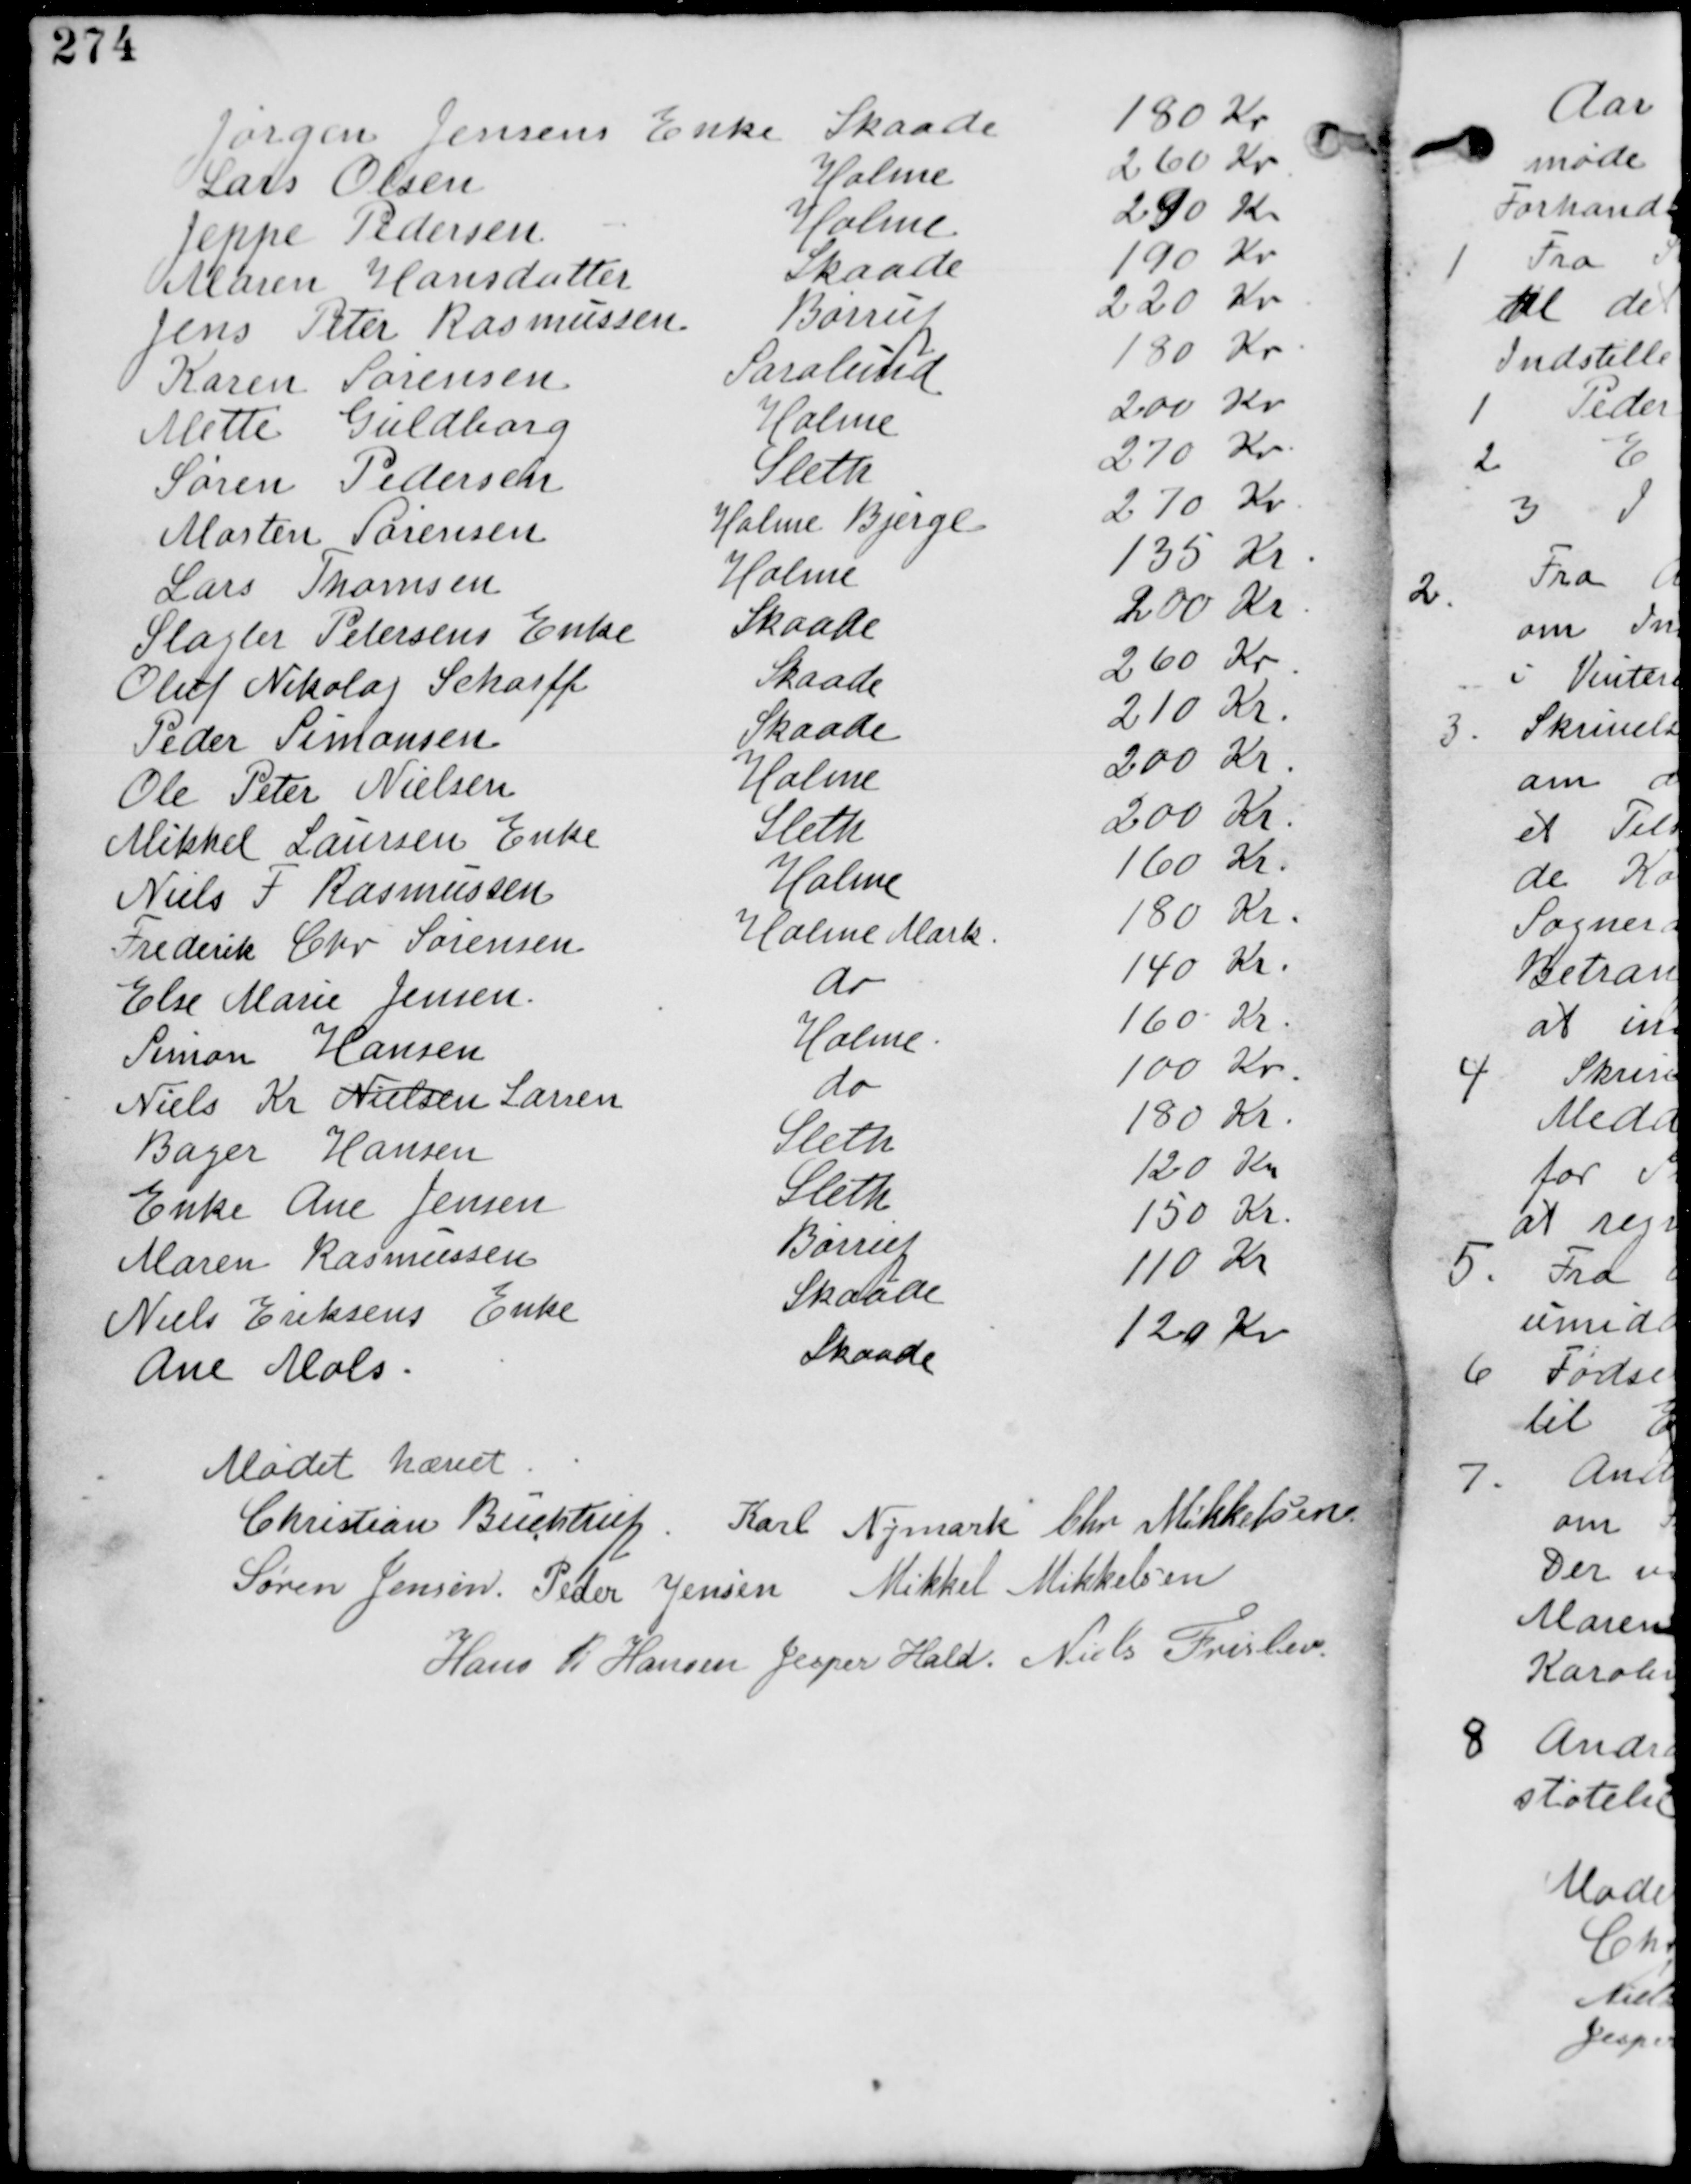
Transskription:
Jørgen Jensens Enke Skaade 180 Kr
Lars Olsen Holme 260 Kr
Jeppe Pedersen Holme 290 Kr
Maren Hansdatter Skaade 220 Kr
Jens Peter Rasmussen Barrit 220 Kr
Karen Sørensen Saralund 180 Kr
Mette Guldborg Holme 200 Kr
Søren Pedersen Sleth 270 Kr
Martin Sørensen Holme Bjerge 270 Kr
Lars Thomsen Holme 135 Kr
Slagter Pedersens Enke Skaade 200 Kr
Oluf Nikolaj Scharff Skaade 260 Kr
Peder Simonsen Skaade 210 Kr
Ole Peter Nielsen Holme 200 Kr
Mikkel Laursen Enke Holme 200 Kr
Niels F Rasmussen Holme 160 Kr
Frederik Chr Sørensen Holme Mark 180 Kr
Else Marie Jensen do 140 Kr
Simon Hansen Holme 160 Kr
Niels Kr Nielsen Larsen do 100 Kr
Bager Hansen Sleth 180 Kr
Enke Ane Jensen Sleth 120 Kr
Maren Rasmussen Barrit 150 Kr
Niels Eriksens Enke Skaade 110 Kr
Ane Mols Skaade 120 Kr

Mødet hævet
Christian Buchtrup. Karl Nymark Chr Mikkelsen
Søren Jensen. Peder Jensen Mikkel Mikkelsen
Hans R Hansen Jesper Hald Niels Frislev